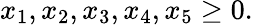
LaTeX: x_{1},x_{2},x_{3},x_{4},x_{5}\geq 0.